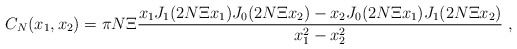
\begin{align*} C_N(x_1,x_2)= \pi N\Xi\frac{x_1J_1(2N\Xi x_1)J_0(2N\Xi x_2)- x_2J_0(2N\Xi x_1)J_1(2N\Xi x_2)}{x_1^2-x_2^2}\;,\end{align*}